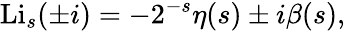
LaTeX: \operatorname{Li}_{s}(\pm i)=-2^{-s}\eta(s)\pm i\beta(s),